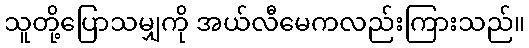
သူတို့ပြောသမျှကို အယ်လီမေကလည်းကြားသည်။